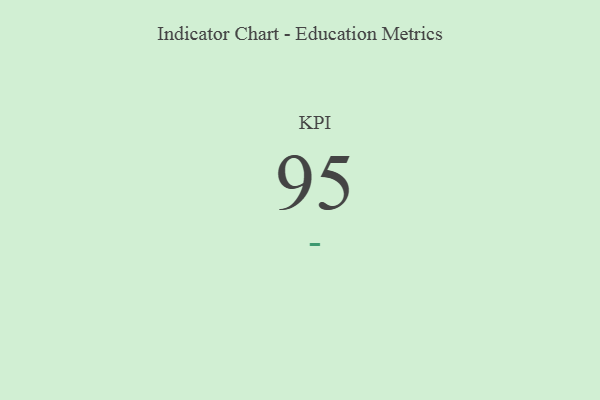
{"axis": {"x": "KPI", "y": "Value"}, "legend": [""], "data": [{"x": "KPI", "y": 95, "type": ""}]}